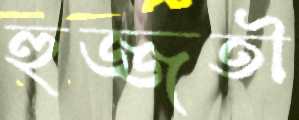
হুজ্জতী